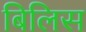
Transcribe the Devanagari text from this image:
बिलिस